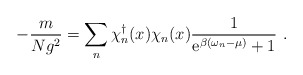
\begin{align*}- \frac{m}{Ng^2} = \sum_n \chi_n^{\dagger}(x) \chi_n(x) \frac{1}{{\rm e}^{\beta (\omega_n- \mu)}+1} \ .\end{align*}